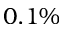
0 . 1 \%